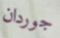
جوردان